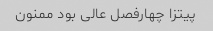
پیتزا چهارفصل عالی بود ممنون